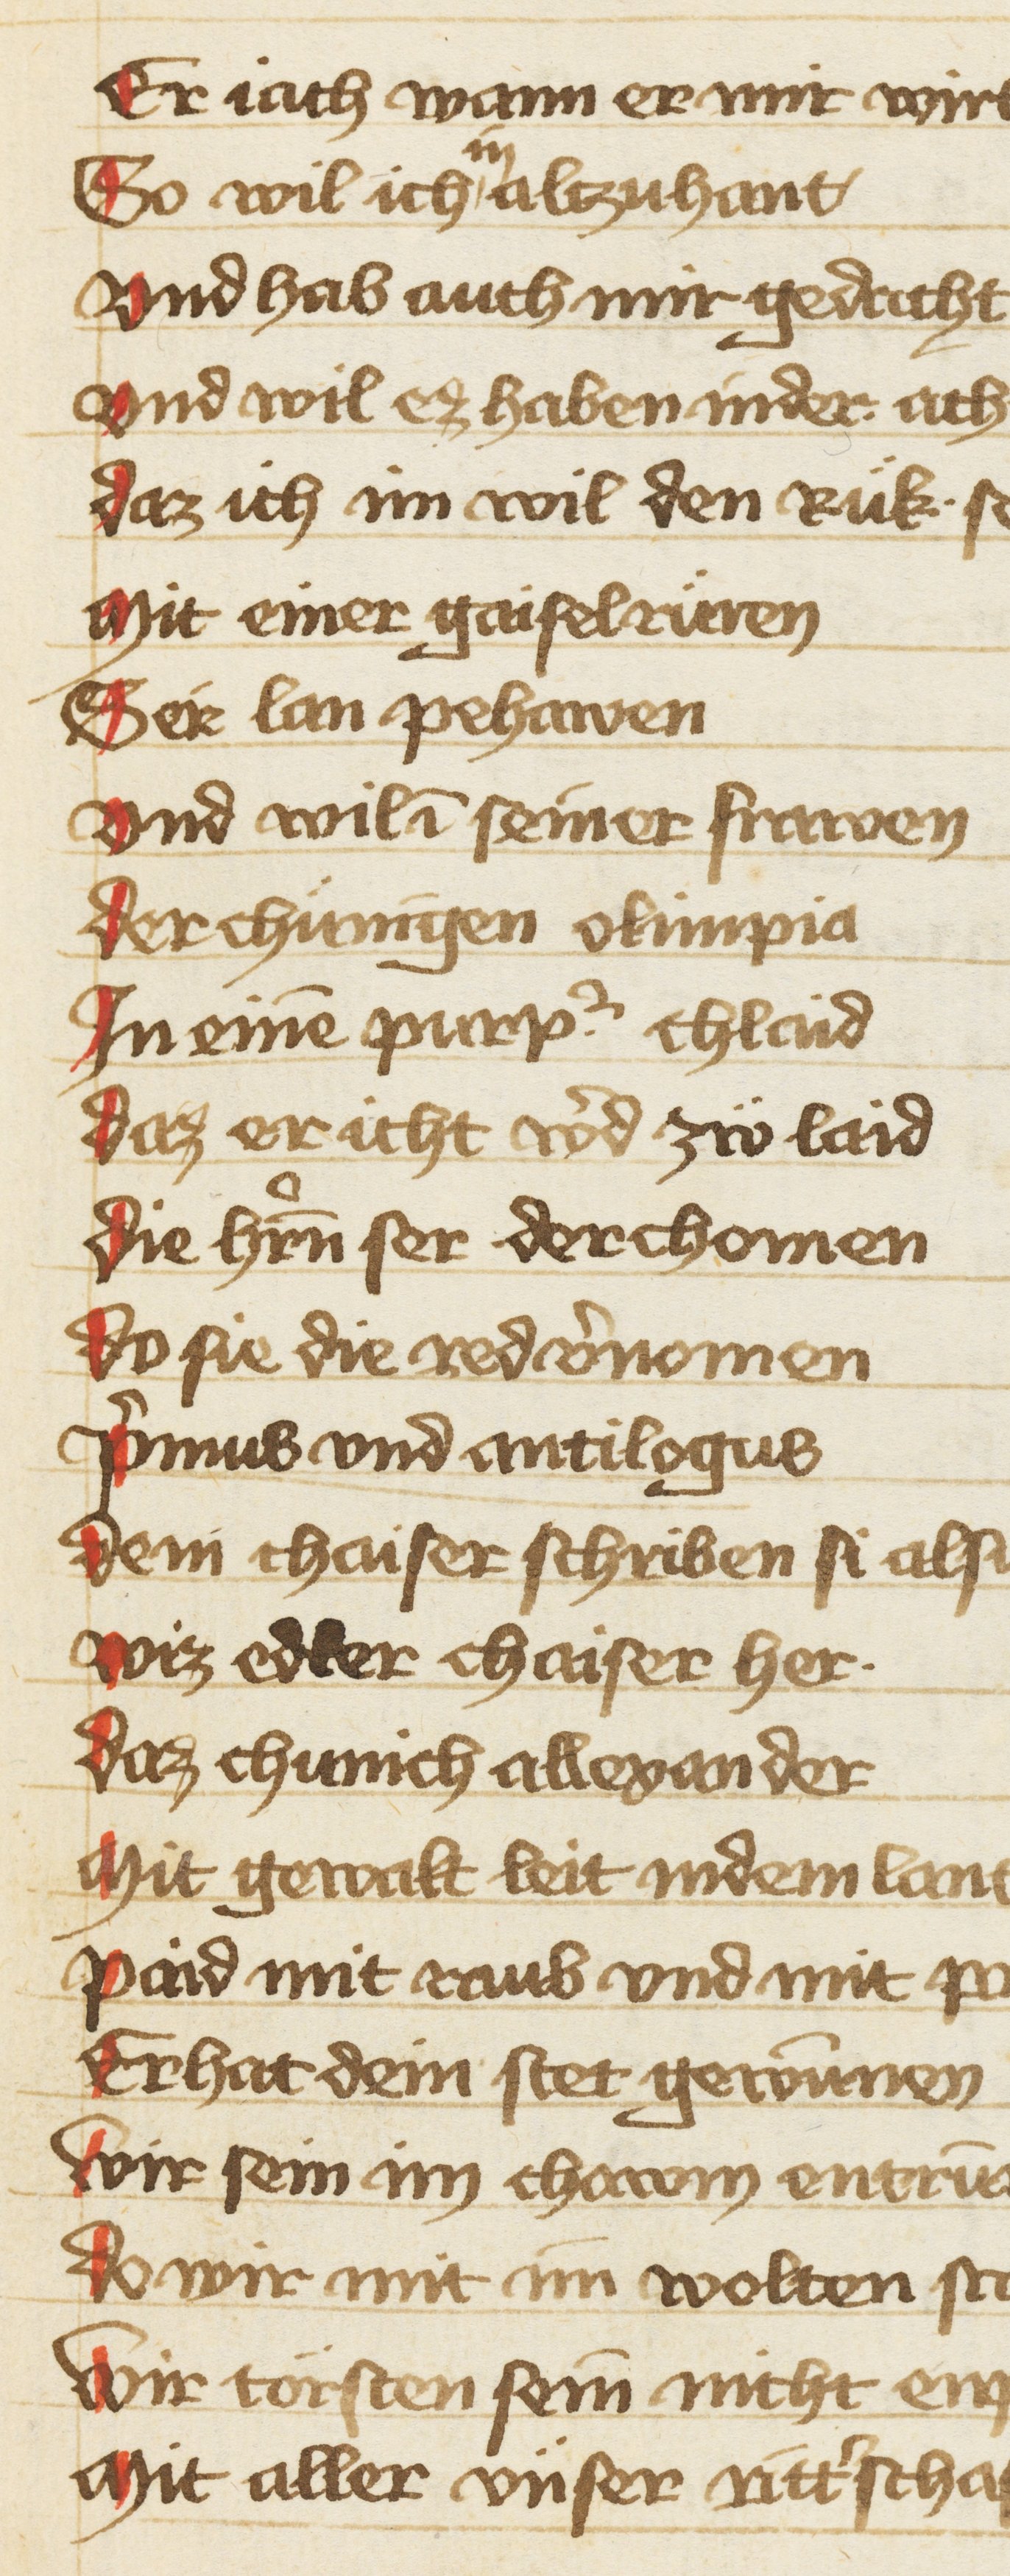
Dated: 1402–1402